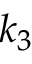
k _ { 3 }